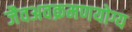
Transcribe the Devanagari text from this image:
जैवअवक्रमणयोग्य